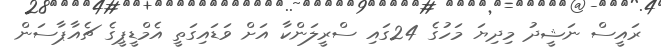
ރައީސް ނަޝީދު މިދިޔަ މަހުގެ 24ގައި ސްރީލަންކާ އަށް ވަޑައިގަތީ އެމްޑީޕީގެ ޗެއާޕާސަން